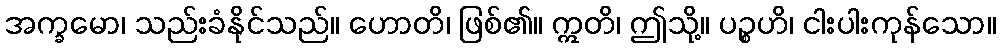
အက္ခမော၊ သည်းခံနိုင်သည်။ ဟောတိ၊ ဖြစ်၏။ ဣတိ၊ ဤသို့။ ပဉ္စဟိ၊ ငါးပါးကုန်သော။